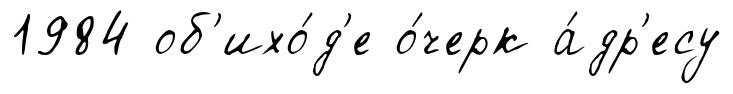
1984 об'ихо́д'е о́черк а́др'есу